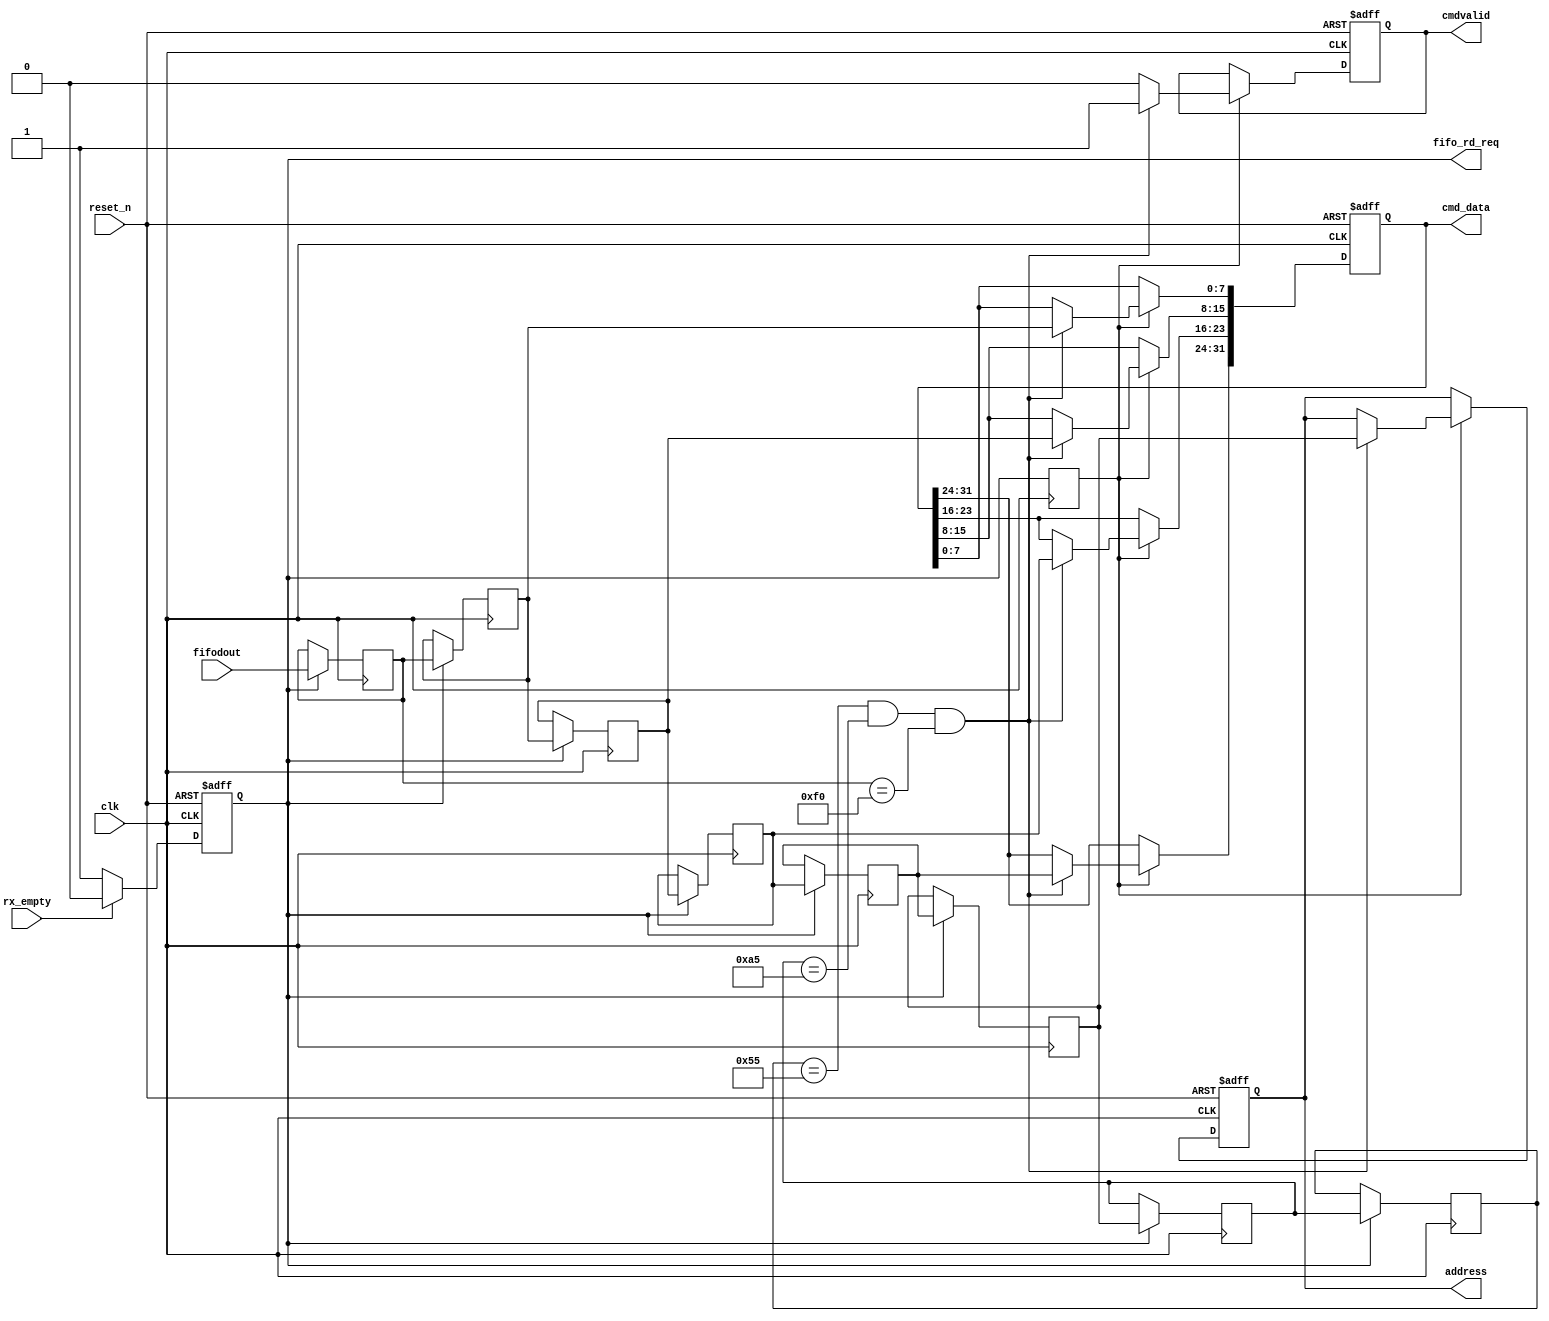
`timescale 1ns / 1ps
module eth_cmd(
    clk,
    reset_n,
    rx_empty,
    fifodout,
    
    fifo_rd_req,  
    cmdvalid,      
    address,  
    cmd_data
   );
   
    input clk;
    input reset_n;
    input [7:0]fifodout;
    input rx_empty;
    
    output reg fifo_rd_req;
    output reg cmdvalid;
    output reg [7:0]address;
    output reg [31:0]cmd_data;   
    
    reg [7:0]data_0[7:0]; 
	 
	 always@(posedge clk or negedge reset_n)
    if(!reset_n)
		  fifo_rd_req <= 1'b0; 
	 else if(!rx_empty)    
        fifo_rd_req <= 1'b1;
	 else
		  fifo_rd_req <= 1'b0;
		  
	 always@(posedge clk)
    if(fifo_rd_req)begin
        data_0[7] <= #1 fifodout;
        data_0[6] <= #1 data_0[7];
        data_0[5] <= #1 data_0[6];
        data_0[4] <= #1 data_0[5];
        data_0[3] <= #1 data_0[4];
        data_0[2] <= #1 data_0[3];
        data_0[1] <= #1 data_0[2];
        data_0[0] <= #1 data_0[1];        
    end
    
    reg fifo_rx_done;
    always@(posedge clk)
        fifo_rx_done <= fifo_rd_req;

	  
	 always@(posedge clk or negedge reset_n)
	 if(!reset_n)begin
 		  address <= 0;     
 		  cmd_data <= 32'd0;
 		  cmdvalid <= 1'b0;
	 end 			
		  
	 else if(fifo_rx_done)begin
        if((data_0[0] == 8'h55) && (data_0[1] == 8'hA5) && (data_0[7] == 8'hF0))begin
            cmd_data[7:0] <= #1 data_0[6];
            cmd_data[15:8] <= #1 data_0[5];
            cmd_data[23:16] <= #1 data_0[4];
            cmd_data[31:24] <= #1 data_0[3];
            address <= #1 data_0[2];
            cmdvalid <= #1 1;
        end
    else
        cmdvalid <= #1 0;  
	 end
            
endmodule